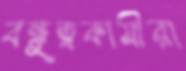
বন্ধুত্বকামীরা